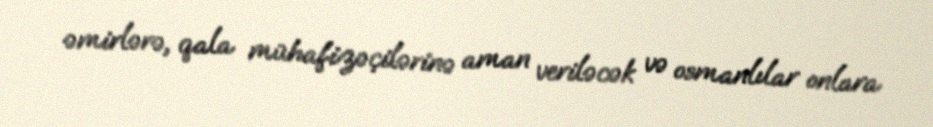
əmirlərə, qala mühafizəçilərinə aman veriləcək və osmanlılar onlara